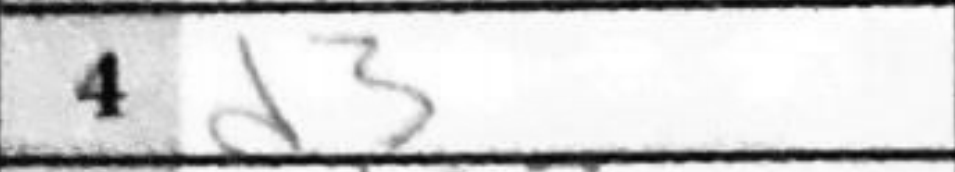
Transcription: d3